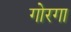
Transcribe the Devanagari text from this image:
गोरगा